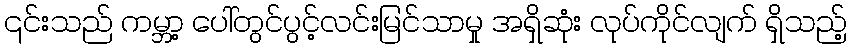
၎င်းသည် ကမ္ဘာ့ ပေါ်တွင်ပွင့်လင်းမြင်သာမှု အရှိဆုံး လုပ်ကိုင်လျက် ရှိသည့်